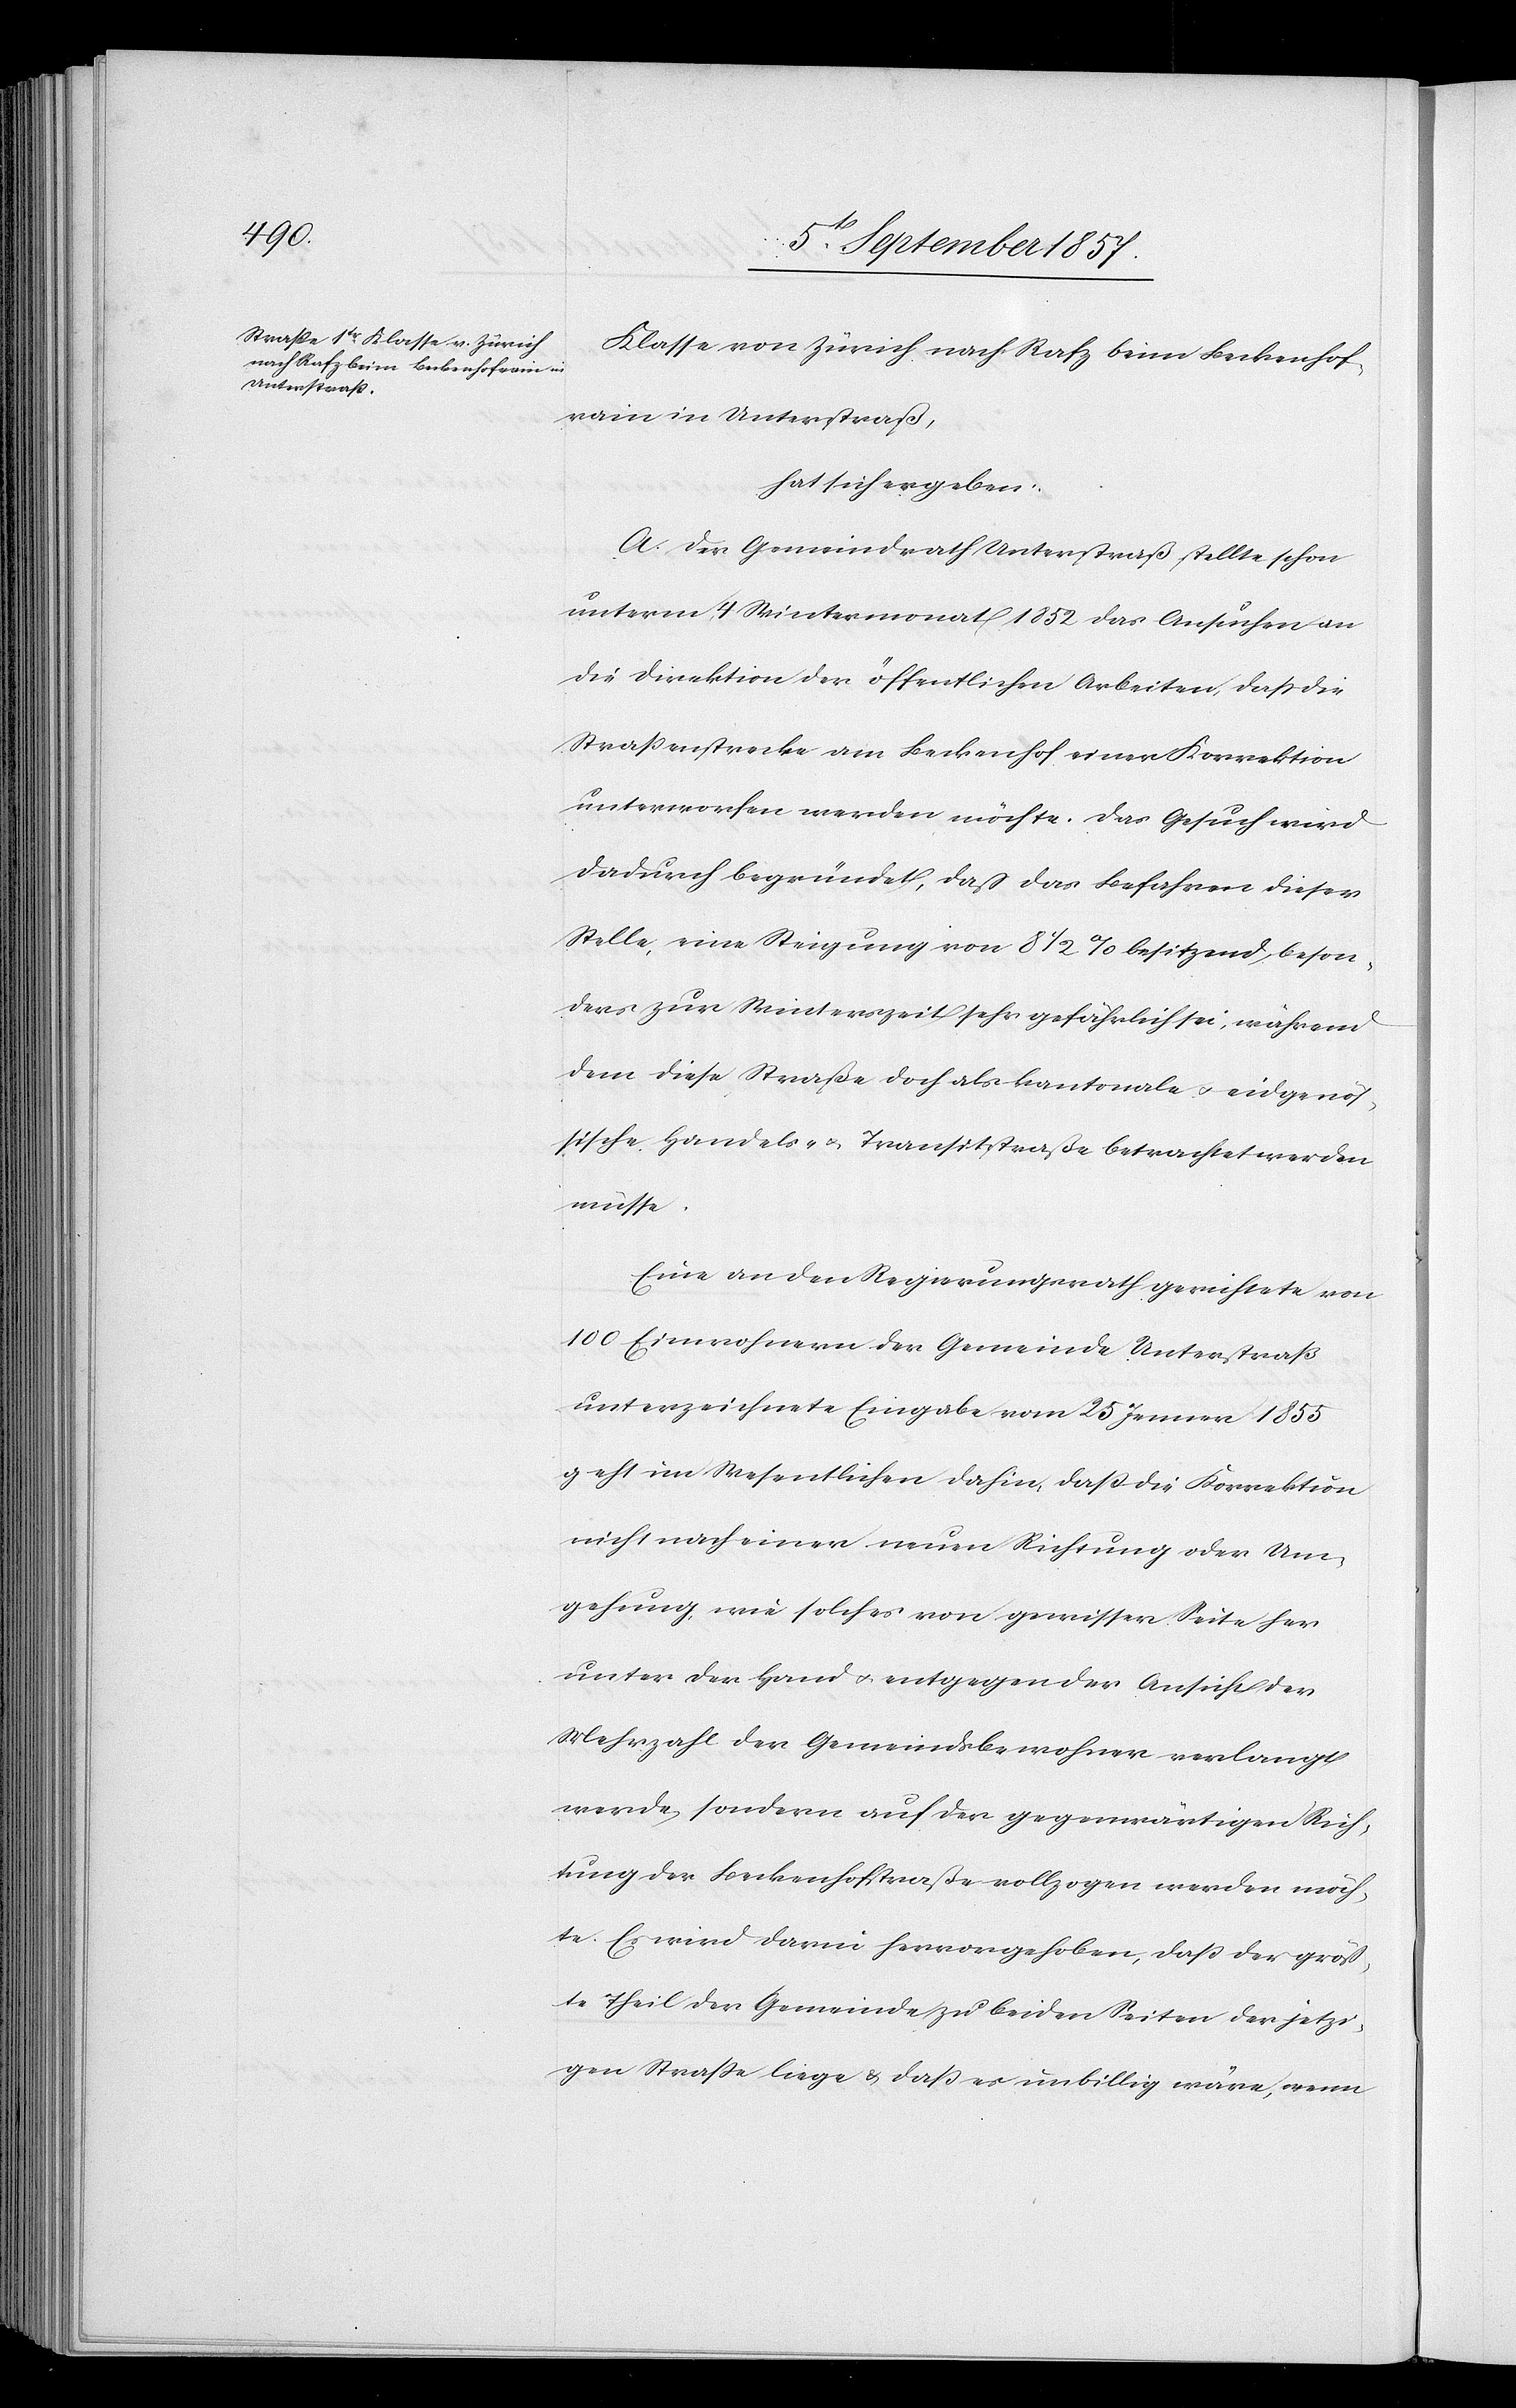
Klasse von Zürich nach Rafz beim Benkenhof¬
rain in Unterstraß,
hat sich ergeben:
A. Der Gemeindrath Unterstraß stellte schon
unterm 4 Wintermonat 1852 das Ansuchen an
die Direktion der öffentlichen Arbeiten, daß die
Straßenstrecke am Benkenhof einer Korrektion
unterworfen werden möchte. Das Gesuch wird
dadurch begründet, daß das Befahren dieser
Stelle, eine Steigung von 8 1/2% besitzend, beson¬
ders zur Winterszeit sehr gefährlich sei, während
dem diese Straße doch als kantonale & eidgenös¬
sische Handels- & Transitstraße betrachtet werden
müsse.
Eine an den Regierungsrath gerichtete von
100 Einwohnern der Gemeinde Unterstraß
unterzeichnete Eingabe vom 25 Jenner 1855
geht im Wesentlichen dahin, daß die Korrektion
nicht nach einer neuen Richtung oder Um¬
gehung, wie solches von gewisser Seite her
unter der Hand & entgegen der Ansicht der
Mehrzahl der Gemeindsbewohner verlangt
werde, sondern auf der gegenwärtigen Rich¬
tung der Benkenhofstraße vollzogen werden möch¬
te. Es wird darin hervorgehoben, daß der größ¬
te Theil der Gemeinde zu beiden Seiten der jetzi¬
gen Straße liege & daß es unbillig wäre, wenn